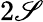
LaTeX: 2\mathscr{S}